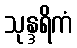
သုန္ဒရိကံ